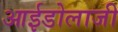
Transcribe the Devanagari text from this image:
आईडोलाजी